Scottish Leaving Certificate Examination, 1956
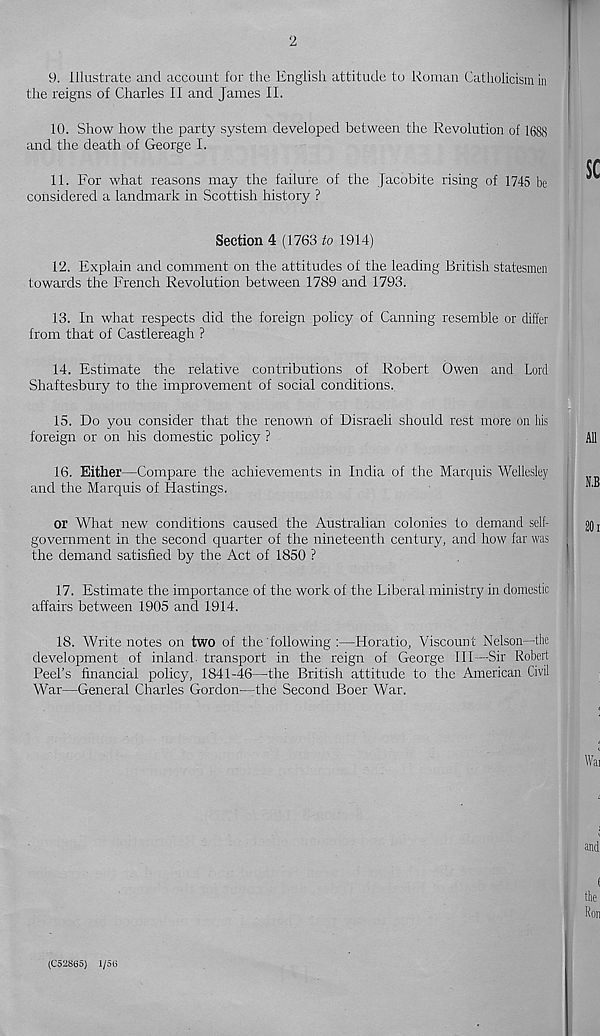
2
9. Illustrate and account for the English attitude to Roman Catholicism in
the reigns of Charles II and James II.
10. Show how the party system developed between the Revolution of 1688
and the death of George I.
11. For what reasons may the failure of the Jacobite rising of 1745 be
considered a landmark in Scottish history ?
Section 4 (1763 to 1914)
12. Explain and comment on the attitudes of the leading British statesmen
towards the French Revolution between 1789 and 1793.
13. In what respects did the foreign policy of Canning resemble or differ
from that of Castlereagh ?
14. Estimate the relative contributions of Robert Owen and Lord
Shaftesbury to the improvement of social conditions.
15. Do you consider that the renown of Disraeli should rest more on his
foreign or on his domestic policy ?
16. Either—Compare the achievements in India of the Marquis Wellesley
and the Marquis of Hastings.
or What new conditions caused the Australian colonies to demand self-
government in the second quarter of the nineteenth century, and how far was
the demand satisfied by the Act of 1850 ?
17. Estimate the importance of the work of the Liberal ministry in domestic
affairs between 1905 and 1914.
18. Write notes on two of the following :—Horatio, Viscount Nelson—the
development of inland transport in the reign of George III—Sir Robert
Peel’s financial policy, 1841-46—the British attitude to the American Civil
War—General Charles Gordon— : the Second Boer War.
(C52865) 1/56